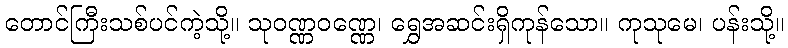
တောင်ကြီးသစ်ပင်ကဲ့သို့။ သုဝဏ္ဏဝဏ္ဏေ၊ ရွှေအဆင်းရှိကုန်သော။ ကုသုမေ၊ ပန်းသို့။